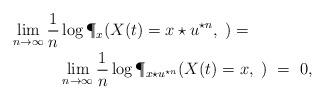
LaTeX: \begin{align*}\lim_{n\to\infty} \frac{1}{n} &\log \P_x(X(t) = x \star u^{\star n}, \; ) = \\&\lim_{n\to\infty} \frac{1}{n} \log \P_{x\star u^{\star n}} (X(t) = x, \; ) ~=~ 0,\end{align*}